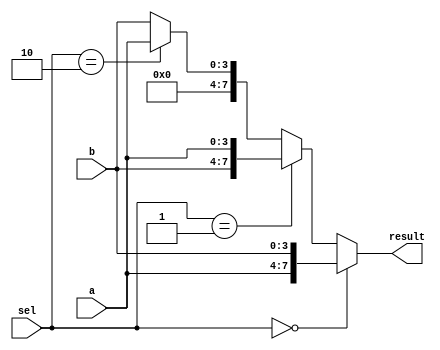
module vector_continuous_assignment (
    input wire [3:0] a,            // 4-bit input vector a
    input wire [3:0] b,            // 4-bit input vector b
    input wire [1:0] sel,          // 2-bit select signal
    output wire [7:0] result       // 8-bit output vector
);

// Continuous assignment for the result vector
assign result = (sel == 2'b00) ? {a, b} :   // Concatenation of a and b
                (sel == 2'b01) ? {b, a} :   // Concatenation of b and a
                (sel == 2'b10) ? {4'b0000, a} : // Zero-extend a
                {4'b0000, b};                // Zero-extend b

endmodule